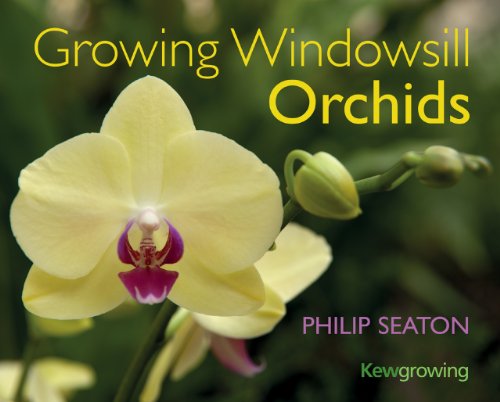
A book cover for Growing Windowsill Orchids (Kew Growing); Philip Seaton; Crafts, Hobbies & Home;